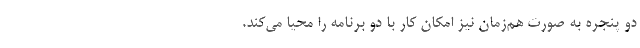
دو پنجره به صورت هم‌زمان نیز امکان کار با دو برنامه را محیا می‌کند.